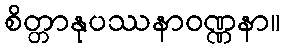
စိတ္တာနုပဿနာဝဏ္ဏနာ။